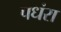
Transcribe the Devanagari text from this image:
पधंरा